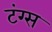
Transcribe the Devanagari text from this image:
टंग्स